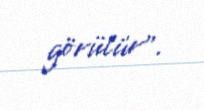
görülür”.